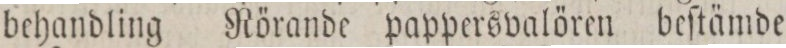
behandling Rörande pappersvalören beſtämde